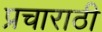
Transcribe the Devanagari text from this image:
प्रचाराठी